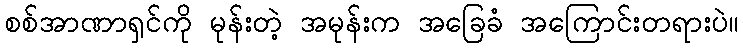
စစ်အာဏာရှင်ကို မုန်းတဲ့ အမုန်းက အခြေခံ အကြောင်းတရားပဲ။